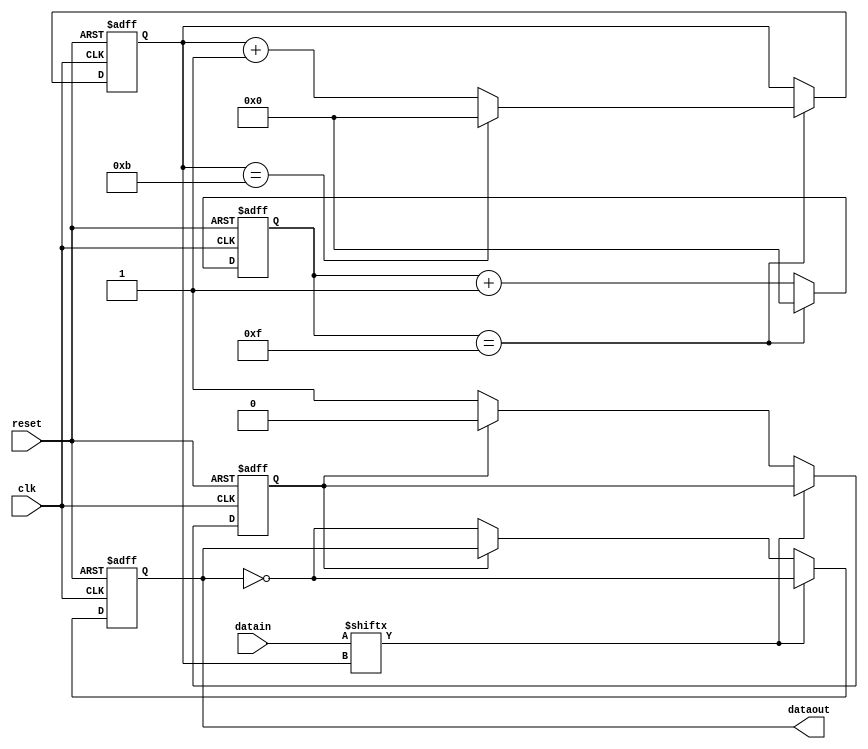
module FSK(clk, reset, datain, dataout);

input clk, reset;
input [11:0] datain;
output reg dataout;

reg flag;
reg [3:0] cnt, i;

always @(posedge clk or negedge reset)
begin 
    if (~reset) 
    begin
        flag <= 0;
        dataout <= 0;
        i <= 0;
        cnt <= 0;
    end
    else 
    begin
        if (cnt==15) 
        begin
            cnt <= 0;
            if (i==11)
            begin
                i <= 0;
            end
            else
            begin
                i <= i+1;
            end
        end
        else
        begin
            cnt <= cnt+1;
        end
        
        if (datain[i]==1)
        begin
            dataout <= ~dataout;
        end
        else
        begin
            if (flag==0)
            begin
                flag <= 1;
                dataout <= ~dataout;
            end
            else
            begin
                flag <= 0;
            end
        end
    end
end

endmodule